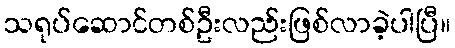
သရုပ်ဆောင်တစ်ဦးလည်းဖြစ်လာခဲ့ပါပြီ။